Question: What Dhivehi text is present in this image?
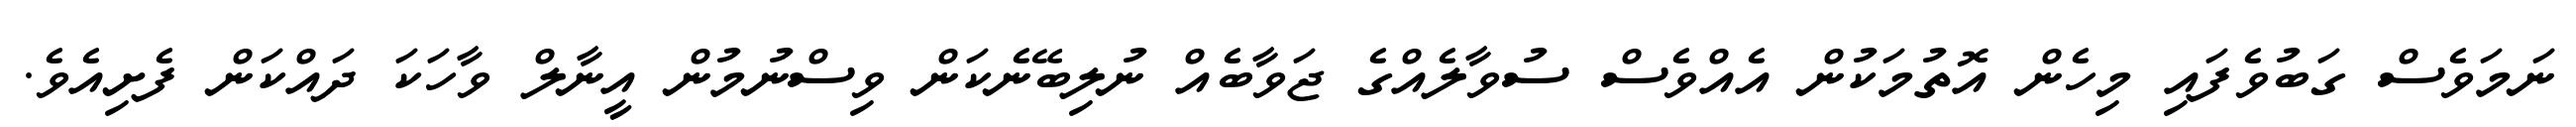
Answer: ނަމަވެސް ގަބުވެފައި މިހެން އޮތުމަކުން އެއްވެސް ސުވާލެއްގެ ޖަވާބެއް ނުލިބޭނެކަން ވިސްނުމުން އީނާލް ވާހަކަ ދައްކަން ފެށިއެވެ.